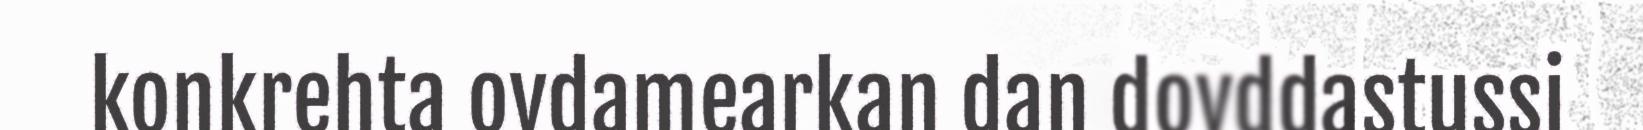
konkrehta ovdamearkan dan dovddastussi